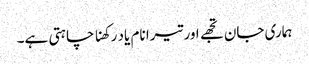
ہماری جان تجھے اور تیرا نام یاد رکھنا چاہتی ہے۔